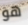
هو